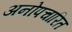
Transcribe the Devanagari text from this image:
अनोपचारित